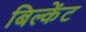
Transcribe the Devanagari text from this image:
बिल्केंट